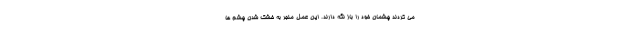
می کردند چشمان خود را باز نگه دارند. این عمل منجر به خشک شدن چشم ها